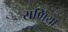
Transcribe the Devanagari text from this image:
राणिया